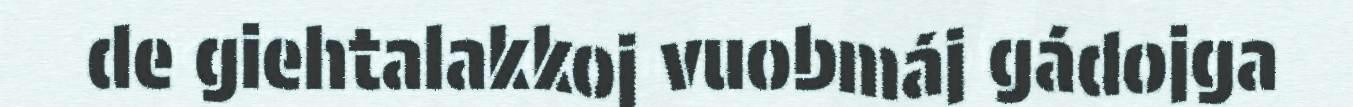
de giehtalakkoj vuobmáj gádojga